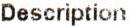
DESCRIPTION